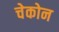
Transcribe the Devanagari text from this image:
चेकोन